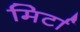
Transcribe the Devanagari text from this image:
मिर्टा